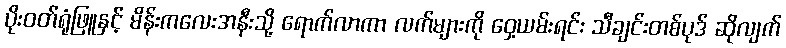
ပိုးဝတ်ရုံဖြူနှင့် မိန်းကလေးအနီးသို့ ရောက်လာကာ လက်များကို ဝှေ့ယမ်းရင်း သီချင်းတစ်ပုဒ် ဆိုလျက်